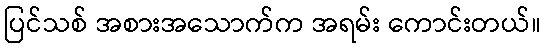
ပြင်သစ် အစားအသောက်က အရမ်း ကောင်းတယ်။